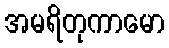
အမရိတုကာမော